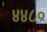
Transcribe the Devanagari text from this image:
४४८०